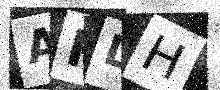
Text: ARLH